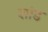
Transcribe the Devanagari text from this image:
शांड